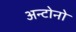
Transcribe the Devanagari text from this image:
अन्टोनो